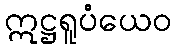
ဣဋ္ဌရူပံယေဝ